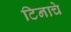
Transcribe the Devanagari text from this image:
टिनाचे